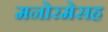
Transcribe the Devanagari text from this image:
मनोरमेसह